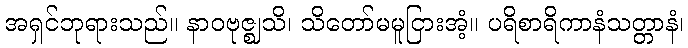
အရှင်ဘုရားသည်။ နာဝဗုဇ္ဈသိ၊ သိတော်မမူငြားအံ့။ ပရိစာရိကာနံသတ္တာနံ၊